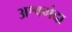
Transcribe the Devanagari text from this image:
अश्वगंदा